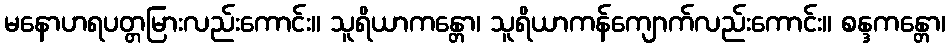
မနောဟရပတ္တမြားလည်းကောင်း။ သူရိယာကန္တော၊ သူရိယာကန်ကျောက်လည်းကောင်း။ စန္ဒကန္တော၊